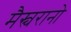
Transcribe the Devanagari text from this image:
मैस्चरानो